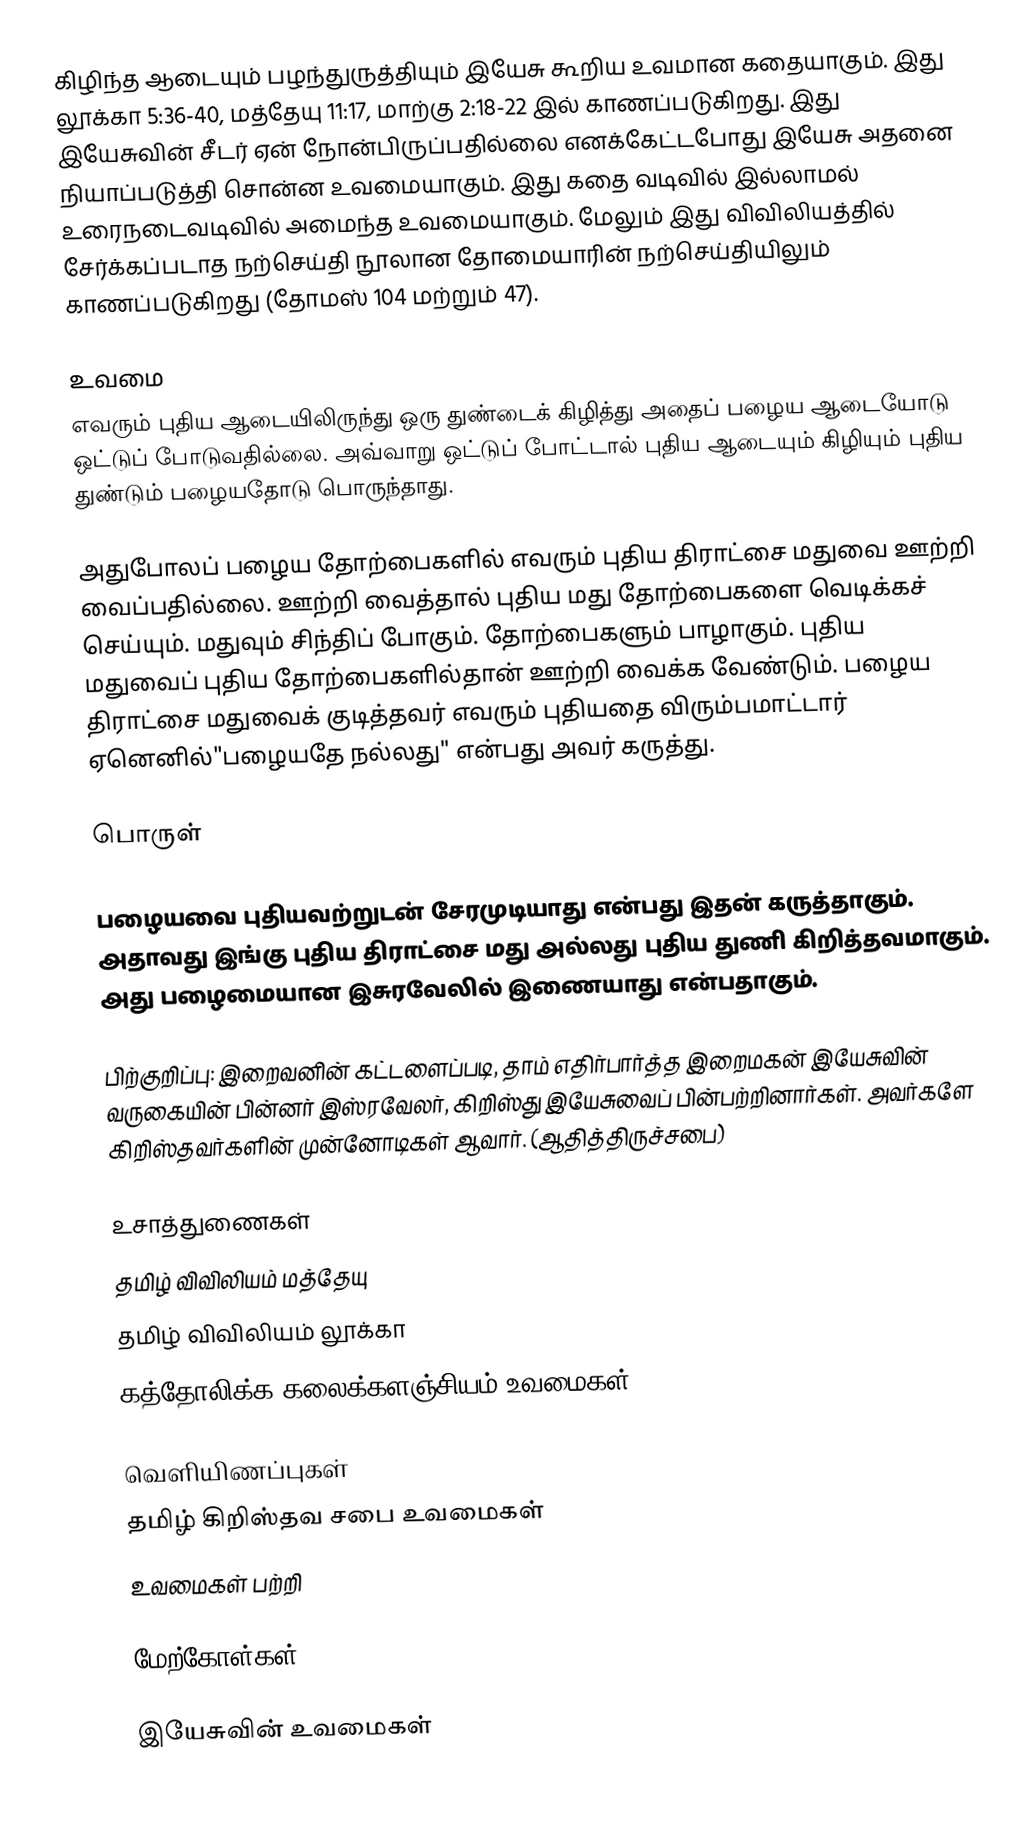
கிழிந்த ஆடையும் பழந்துருத்தியும் இயேசு கூறிய உவமான கதையாகும். இது லூக்கா 5:36-40, மத்தேயு 11:17, மாற்கு 2:18-22 இல் காணப்படுகிறது. இது இயேசுவின் சீடர் ஏன் நோன்பிருப்பதில்லை எனக்கேட்டபோது இயேசு அதனை நியாப்படுத்தி சொன்ன உவமையாகும். இது கதை வடிவில் இல்லாமல் உரைநடைவடிவில் அமைந்த உவமையாகும். மேலும் இது விவிலியத்தில் சேர்க்கப்படாத நற்செய்தி நூலான தோமையாரின் நற்செய்தியிலும் காணப்படுகிறது (தோமஸ் 104 மற்றும் 47).

உவமை
எவரும் புதிய ஆடையிலிருந்து ஒரு துண்டைக் கிழித்து அதைப் பழைய ஆடையோடு ஒட்டுப் போடுவதில்லை. அவ்வாறு ஒட்டுப் போட்டால் புதிய ஆடையும் கிழியும் புதிய துண்டும் பழையதோடு பொருந்தாது.

அதுபோலப் பழைய தோற்பைகளில் எவரும் புதிய திராட்சை மதுவை ஊற்றி வைப்பதில்லை. ஊற்றி வைத்தால் புதிய மது தோற்பைகளை வெடிக்கச் செய்யும். மதுவும் சிந்திப் போகும். தோற்பைகளும் பாழாகும். புதிய மதுவைப் புதிய தோற்பைகளில்தான் ஊற்றி வைக்க வேண்டும். பழைய திராட்சை மதுவைக் குடித்தவர் எவரும் புதியதை விரும்பமாட்டார் ஏனெனில்"பழையதே நல்லது" என்பது அவர் கருத்து.

பொருள்

பழையவை புதியவற்றுடன் சேரமுடியாது என்பது இதன் கருத்தாகும். அதாவது இங்கு புதிய திராட்சை மது அல்லது புதிய துணி கிறித்தவமாகும். அது பழைமையான இசுரவேலில் இணையாது என்பதாகும்.

பிற்குறிப்பு: இறைவனின் கட்டளைப்படி, தாம் எதிர்பார்த்த இறைமகன் இயேசுவின் வருகையின் பின்னர் இஸ்ரவேலர், கிறிஸ்து இயேசுவைப் பின்பற்றினார்கள். அவர்களே கிறிஸ்தவர்களின் முன்னோடிகள் ஆவார். (ஆதித்திருச்சபை)

உசாத்துணைகள்
 தமிழ் விவிலியம் மத்தேயு
 தமிழ் விவிலியம் லூக்கா
  கத்தோலிக்க கலைக்களஞ்சியம் உவமைகள்

வெளியிணப்புகள்
 தமிழ் கிறிஸ்தவ சபை  உவமைகள்
 உவமைகள் பற்றி

மேற்கோள்கள்

இயேசுவின் உவமைகள்